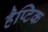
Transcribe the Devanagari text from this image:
हैप्टिक